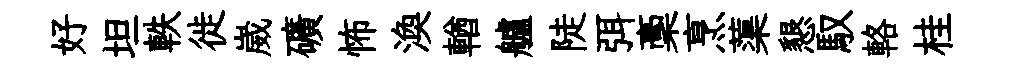
好坦軼徙崴礦怖渙輶艫陡弭稾烹蕖懇馭輅桂